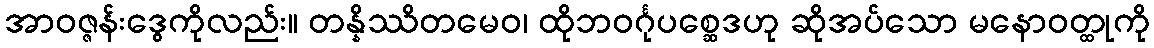
အာဝဇ္ဇန်းဒွေကိုလည်း။ တန္နိဿိတမေဝ၊ ထိုဘဝင်္ဂုပစ္ဆေဒဟု ဆိုအပ်သော မနောဝတ္ထုကို